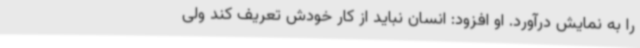
را به نمایش درآورد. او افزود: انسان نباید از کار خودش تعریف کند ولی